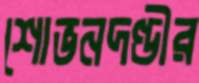
শোভনদণ্ডীর